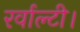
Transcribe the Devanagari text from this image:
रर्वाल्टी।